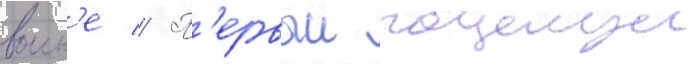
воин'е // П'ервыи поцелуи